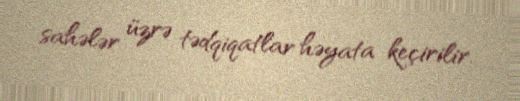
sahələr üzrə tədqiqatlar həyata keçirilir.